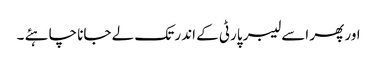
اور پھر اسے لیبر پارٹی کے اندر تک لے جانا چاہئے ۔